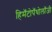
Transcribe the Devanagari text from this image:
हिमॅटोपॅथोलॉजी